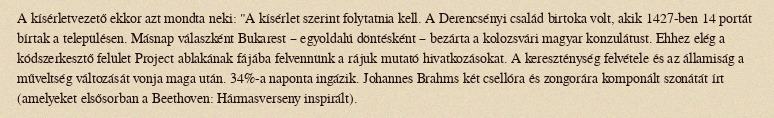
A kísérletvezető ekkor azt mondta neki: "A kísérlet szerint folytatnia kell. A Derencsényi család birtoka volt, akik 1427-ben 14 portát bírtak a településen. Másnap válaszként Bukarest – egyoldalú döntésként – bezárta a kolozsvári magyar konzulátust. Ehhez elég a kódszerkesztő felület Project ablakának fájába felvennünk a rájuk mutató hivatkozásokat. A kereszténység felvétele és az államiság a műveltség változását vonja maga után. 34%-a naponta ingázik. Johannes Brahms két csellóra és zongorára komponált szonátát írt (amelyeket elsősorban a Beethoven: Hármasverseny inspirált).